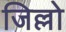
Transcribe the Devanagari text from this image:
जिल्लो